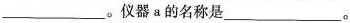
___。仪器a的名称是___。